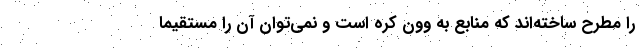
را مطرح ساخته‌اند که منابع به وون کره است و نمی‌توان آن را مستقیماً